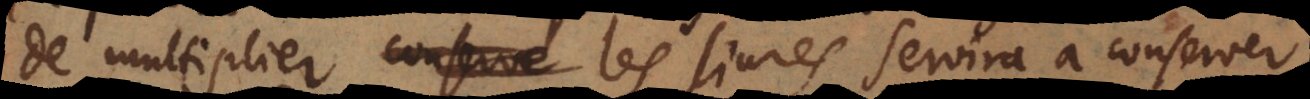
de multiplier les livres servira à conserver